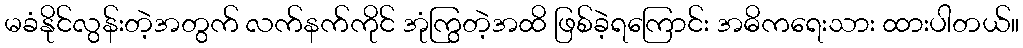
မခံနိုင်လွန်းတဲ့အတွက် လက်နက်ကိုင် အုံကြွတဲ့အထိ ဖြစ်ခဲ့ရကြောင်း အဓိကရေးသား ထားပါတယ်။